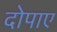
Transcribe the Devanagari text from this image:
दोपाए